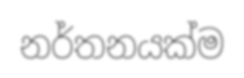
නර්තනයක්ම